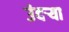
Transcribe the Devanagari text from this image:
उंदर्‍या